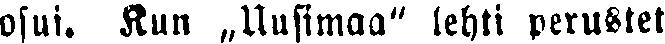
osui. Kun „Uusimaa" lehti perustet